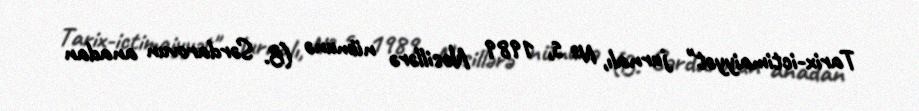
Tarix-ictimaiyyət" jurnalı, № 5, 1989 Nəsillərə nümunə (B. Sərdarovun anadan